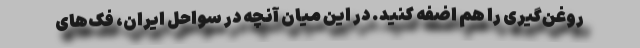
روغن‌گیری را هم اضفه کنید. در این میان آنچه در سواحل ایران، فک‌های